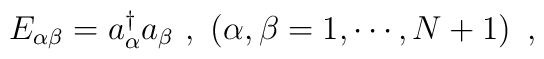
E_{\alpha\beta}=a^\dagger_\alpha a_\beta\ ,\ \left(\alpha,\beta=1,\cdots,N+1\right)\ ,